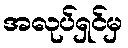
အလုပ်ရှင်မှ